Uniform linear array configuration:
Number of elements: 64
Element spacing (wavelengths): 1
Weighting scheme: binomial
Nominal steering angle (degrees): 30
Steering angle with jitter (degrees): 29.691
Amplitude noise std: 0.05
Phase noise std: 0.05

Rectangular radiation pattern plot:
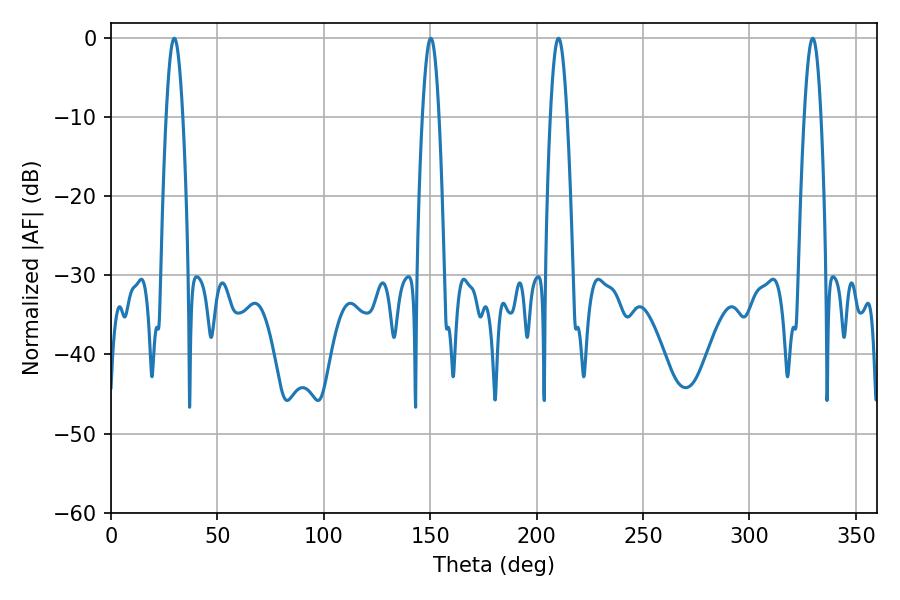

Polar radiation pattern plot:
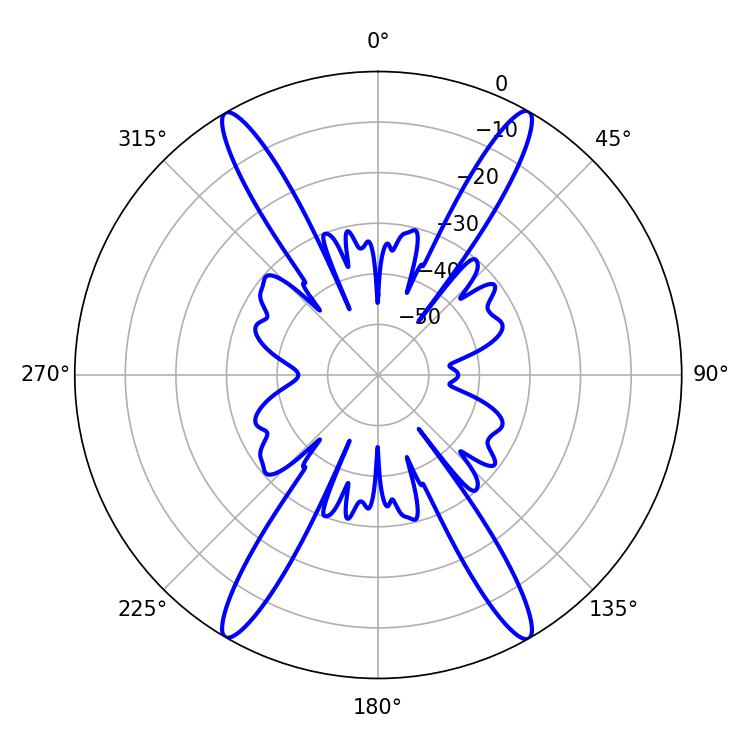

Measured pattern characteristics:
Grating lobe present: TRUE
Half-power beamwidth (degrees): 4.14
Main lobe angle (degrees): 329.76